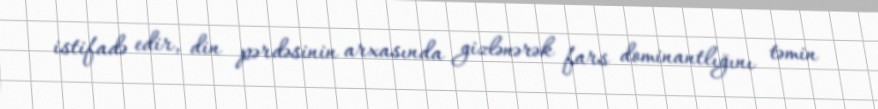
istifadə edir, din pərdəsinin arxasında gizlənərək fars dominantlığını təmin